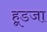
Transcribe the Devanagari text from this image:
हूडजा